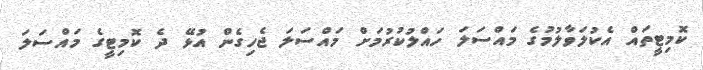
ކޮމިޓީތައް އެކުލަވާލުމުގެ މައްސަލަ ހައްލުކުރުމަށް މައްސަލަ ޖެހިގެން އުޅޭ ދެ ކޮމިޓީގެ މައްސަަލަ